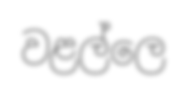
වළල්ලෙ